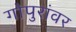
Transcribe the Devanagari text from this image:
गोपुरांवर